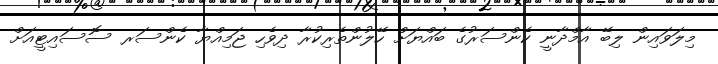
މިލަވައިން ލިބޭ އާމްދާނީ ކެންސަރުގެ ބައްޔަށް ހޭލުންތެރިކުރާ ދިވެހި ޖަމިއްޔާ ކެންސަރ ސޮސައިޓީއަށް